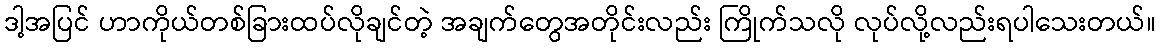
ဒါ့အပြင် ဟာကိုယ်တစ်ခြားထပ်လိုချင်တဲ့ အချက်တွေအတိုင်းလည်း ကြိုက်သလို လုပ်လို့လည်းရပါသေးတယ်။